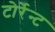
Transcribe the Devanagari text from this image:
टोर्रेन्ट